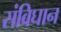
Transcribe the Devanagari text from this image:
संविघान